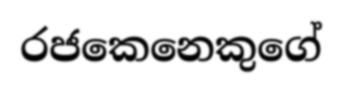
රජකෙනෙකුගේ